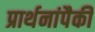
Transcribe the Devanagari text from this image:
प्रार्थनांपैकी